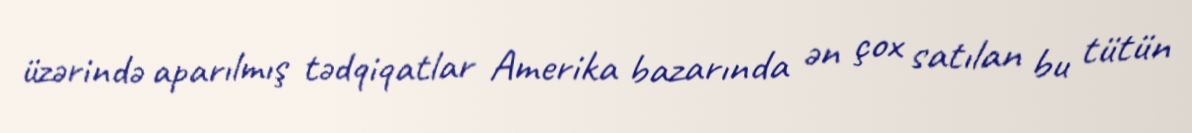
üzərində aparılmış tədqiqatlar Amerika bazarında ən çox satılan bu tütün